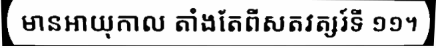
មានអាយុកាល តាំងតែពីសតវត្សរ៍ទី ១១។